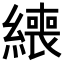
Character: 𦅇